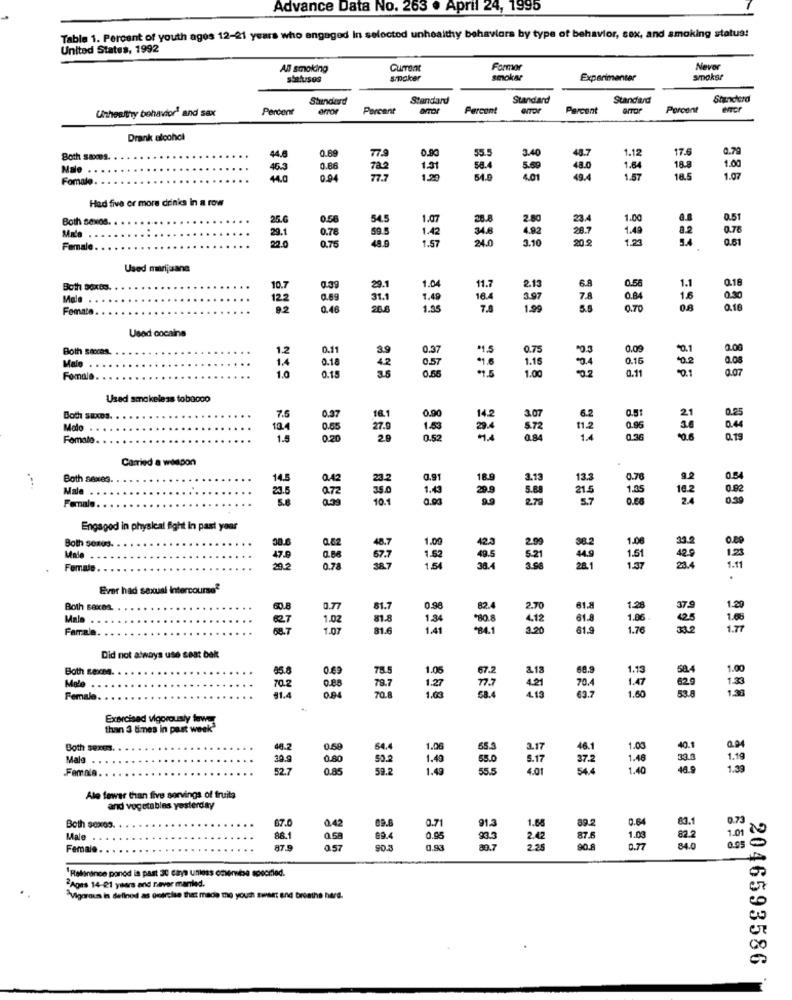
Advance Data No. 263 . April 24, 1995
Table 1. Percent of youth ages 12-21 years who engaged In selected unhealthy behaviors by type of behavior, sex, and smoking status!
United States, 1992
Current
Farmer
Never
statusos
smpoker
smokar
Experimenter
smoke?
Standard
Standard
Standard
Standard
Standard
Unhealthy behavior! and sax
Percent
Porcent
Percont
OTOr
Percent
OrTor
Porcent
Drank alcohol
0.69
48.7
1.12
17.6
0.79
Both saoms.
44,6
55.5
3.40
Male ..
46.3
0.86
1.31
58.4
5.00
48.0
1.64
18.8
1.00
Fomale.
0.94
1.20
49.4
1.57
18.5
1.07
Had five or more drinks in a row
Both sexos.
25.6
54.5
1.07
28.8
2.80
234
1.00
0.51
4.92
28.7
1.49
.78
29.1
22.0
0.78
0.75
59.5
1.42
1.57
34.8
1.23
82
94
0.61
Female.
24.0
3.10
20.2
Used marijuana
Both boxes. .
10.7
29.1
1.04
11.7
2.13
6.8
0.58
1.1
0.18
Male . . .
...
122
0.69
31.1
1.42
16.4
3.97
7.8
0.84
16
0.50
Femate. .
0.48
1.35
1.99
5.8
0.70
0.8
0.16
Used cocaine
Both Saxos.
1.2
0.11
0.37
"1.5
0.75
"0.3
0,09
0.00
1.4
Malo . . . .
0.18
0.57
1.18
0.16
0.11
0.08
Fomale. . .
1.0
0.15
3.5
1.00
0.07
Used smokeless tobacco
0.25
Both saxos.
7.5
0.37
0.90
14.2
3.07
6.2
0.51
Malo . . . .
134
5 72
11.2
0.95
0.4
Fomalo. . .
1.5
0.52
0.36
0.19
Carried a weapon
...
Both sexes. .
14.5
0.42
0.91
3.13
13.3
0.70
9.2
0.54
Male . . . . .
16.2
2.5
10.1
1.43
5.80
2.70
21.5
1.35
0.80
2.4
Fornal .. . ..
0.00
Engaged in physical fight in past year
1.00
Both sonos.
1.00
2.99
0.88
97. 7
1.52
5.21
1.51
42.9
125
Female
0.78
1.5
1.37
23.4
1.11
Ever had sexual intercourse?
Both saxea.
0.77
81.7
0.98
82.
2.70
61.8
1-28
37.
1.20
Malo
1.02
1.34
31.ª
1.06.
25
1.66
Famala
1.07
81.6
1.41
220
4.12
61.9
1.76
1.7
Did not always use seat bakt
Both Rexma.
0.69
1.05
68.9
1.13
3.13
Mele .. . .
70.2
0.88
1.27
70.A
1.47
62.0
1.3
Female. . .
$1.4
1.03
68.4
63.7
1.60
53.8
Exercised vigorously towe
than 3 times in past week
Both sexes.
0.68
54.4
1.06
3.17
1.00
40.1
Mala . . . ..
0.80
1.40
5.17
1.48
1.19
Female. . . .
39.9
$2.7
50.2
59.2
1.49
55.5
4.01
54.4
1.40
46.9
1.39
Ale fewer than five servings of fruita
and vegetables yesterday
0.73
Both sox09.
67.0
0.42
0.71
91.3
1.68
89.2
0.64
Male .
88.1
0.58
89.4
0.95
87.5
1.08
7.01
Female.
87.9
0,57
90.3
0.93
80.7
2.25
90.8
0.77
4.0
0.95
'Relinince ponod is past 30 caya unless omemise specified.
2Ages 14-21 years and raver married.
"Vigorous in defined as overcise that made the youth sweet and breathe hard.
2046593586